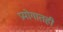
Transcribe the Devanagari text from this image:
प्रयोगातही